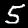
Label: 5